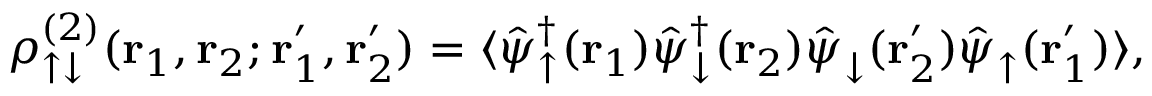
\rho _ { \uparrow \downarrow } ^ { ( 2 ) } ( \mathbf { r } _ { 1 } , \mathbf { r } _ { 2 } ; \mathbf { r } _ { 1 } ^ { \prime } , \mathbf { r } _ { 2 } ^ { \prime } ) = \langle \hat { \psi } _ { \uparrow } ^ { \dagger } ( \mathbf { r } _ { 1 } ) \hat { \psi } _ { \downarrow } ^ { \dagger } ( \mathbf { r } _ { 2 } ) \hat { \psi } _ { \downarrow } ^ { \phantom { \dagger } } ( \mathbf { r } _ { 2 } ^ { \prime } ) \hat { \psi } _ { \uparrow } ^ { \phantom { \dagger } } ( \mathbf { r } _ { 1 } ^ { \prime } ) \rangle ,